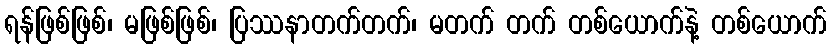
ရန်ဖြစ်ဖြစ်၊ မဖြစ်ဖြစ်၊ ပြဿနာတက်တက်၊ မတက် တက် တစ်ယောက်နဲ့ တစ်ယောက်